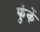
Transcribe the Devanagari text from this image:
फुंकें